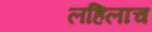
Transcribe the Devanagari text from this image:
लहिलाच